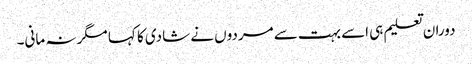
دوران تعلیم ہی اسے بہت سے مردوں نے شادی کا کہا مگر نہ مانی۔